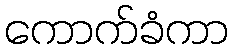
ကောက်ခံကာ